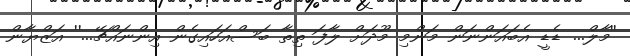
''މާލް... ޑެޑީ އެބައަންނަން މަންމި މޫދަށް ލާފަ ތިތާ ބަސްއަހައިގެން އިންނައްޗޭ...'' އަޒްޔާން